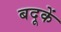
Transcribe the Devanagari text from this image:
बदूकें